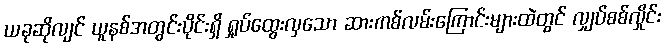
ယခုဆိုလျင် ယူနစ်အတွင်းပိုင်းရှိ ရှုပ်ထွေးလှသော ဆားကစ်လမ်းကြောင်းများထဲတွင် လျှပ်စစ်လှိုင်း